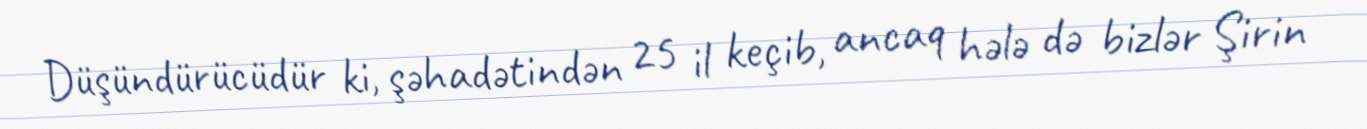
Düşündürücüdür ki, şəhadətindən 25 il keçib, ancaq hələ də bizlər Şirin